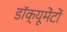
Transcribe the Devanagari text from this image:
डॉक्यूमेंटों